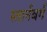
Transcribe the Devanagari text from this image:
स्तार्नबर्ग